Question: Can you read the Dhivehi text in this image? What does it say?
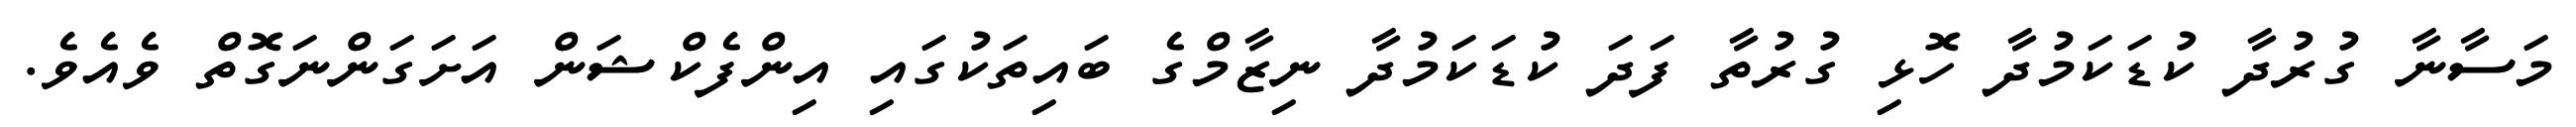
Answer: މަސާނާ ގުރުދާ ކުޑަކަމުދާ ހޮޅި ގުރުތާ ފަދަ ކުޑަކަމުދާ ނިޒާމްގެ ބައިތަކުގައި އިންފެކްޝަން އަށަގަންނަގޮތް ވެއެވެ.